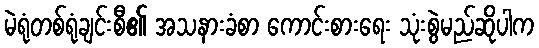
မဲရုံတစ်ရုံချင်းစီ၏ အသနားခံစာ ကောင်းစားရေး သုံးစွဲမည်ဆိုပါက